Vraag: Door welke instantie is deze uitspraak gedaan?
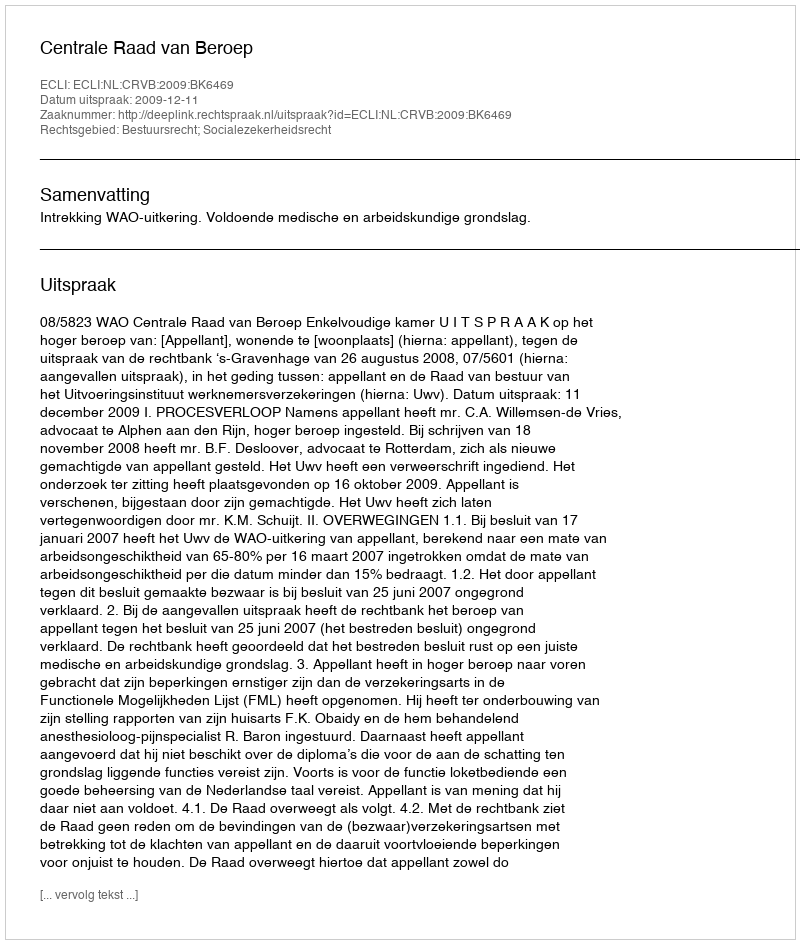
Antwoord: Centrale Raad van Beroep